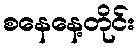
စနေနေ့တိုင်း